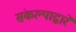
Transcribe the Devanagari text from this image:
संकल्पाद्वारे